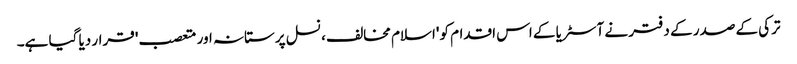
ترکی کے صدر کے دفتر نے آسٹریا کے اس اقدام کو 'اسلام مخالف، نسل پرستانہ اور متعصب' قرار دیا گیا ہے۔